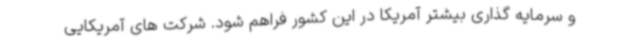
و سرمایه گذاری بیشتر آمریکا در این کشور فراهم شود. شرکت های آمریکایی